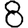
Digit: 8